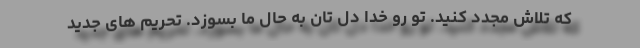
که تلاش مجدد کنید. تو رو خدا دل تان به حال ما بسوزد. تحریم های جدید